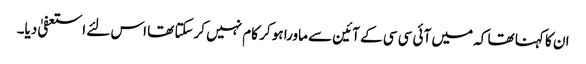
ان کا کہنا تھا کہ میں آئی سی سی کے آئین سے ماورا ہو کر کام نہیں کرسکتا تھا اس لئے استعفیٰ دیا۔